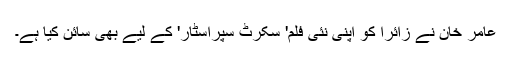
عامر خان نے زائرا کو اپنی نئی فلم' سکرٹ سپراسٹار' کے لیے بھی سائن کیا ہے۔